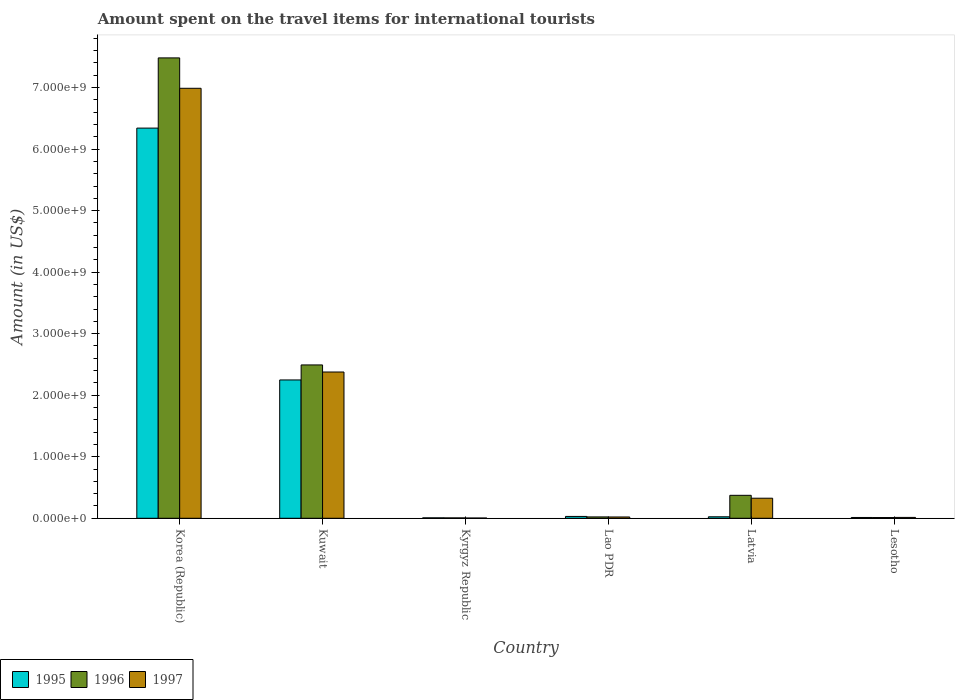
| Country | 1995 | 1996 | 1997 |
 | --- | --- | --- | --- |
 | Korea (Republic) | 6.34e+09 | 7.48e+09 | 6.99e+09 |
 | Kuwait | 2.25e+09 | 2.49e+09 | 2.38e+09 |
 | Kyrgyz Republic | 7e+06 | 6e+06 | 4e+06 |
 | Lao PDR | 3e+07 | 2.2e+07 | 2.1e+07 |
 | Latvia | 2.4e+07 | 3.73e+08 | 3.26e+08 |
 | Lesotho | 1.3e+07 | 1.2e+07 | 1.4e+07 |